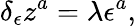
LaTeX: \delta_{\epsilon}z^{a}=\lambda\epsilon^{a},